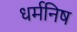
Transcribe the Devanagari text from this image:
धर्मनिष